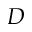
D